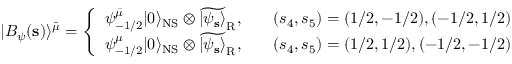
| B _ { \psi } ( { \bf s } ) \rangle ^ { \hat { \mu } } = \left\{ \begin{array} { l l } { { \psi _ { - 1 / 2 } ^ { \bar { \mu } } | 0 \rangle _ { \mathrm { N S } } \otimes \widetilde { | \psi _ { \bf s } \rangle } _ { \mathrm { R } } , } } & { { \quad ( s _ { 4 } , s _ { 5 } ) = ( 1 / 2 , - 1 / 2 ) , ( - 1 / 2 , 1 / 2 ) } } \\ { { \psi _ { - 1 / 2 } ^ { \mu } | 0 \rangle _ { \mathrm { N S } } \otimes \widetilde { | \psi _ { \bf s } \rangle } _ { \mathrm { R } } , } } & { { \quad ( s _ { 4 } , s _ { 5 } ) = ( 1 / 2 , 1 / 2 ) , ( - 1 / 2 , - 1 / 2 ) } } \end{array} \right.